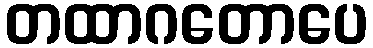
တထာဂတောပေ